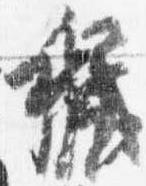
穢